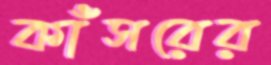
কাঁসরের